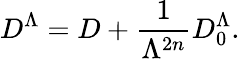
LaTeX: D^{\Lambda}=D+\frac{1}{\Lambda^{2n}}D_{0}^{\Lambda}.